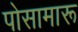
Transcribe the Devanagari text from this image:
पोसामारू